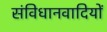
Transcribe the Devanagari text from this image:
संविधानवादियों